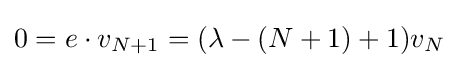
0=e\cdot v_{N+1}=(\lambda -(N+1)+1)v_{N}